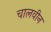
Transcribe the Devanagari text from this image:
चालवीन